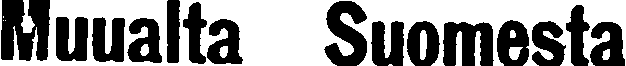
Muualta Suomesta